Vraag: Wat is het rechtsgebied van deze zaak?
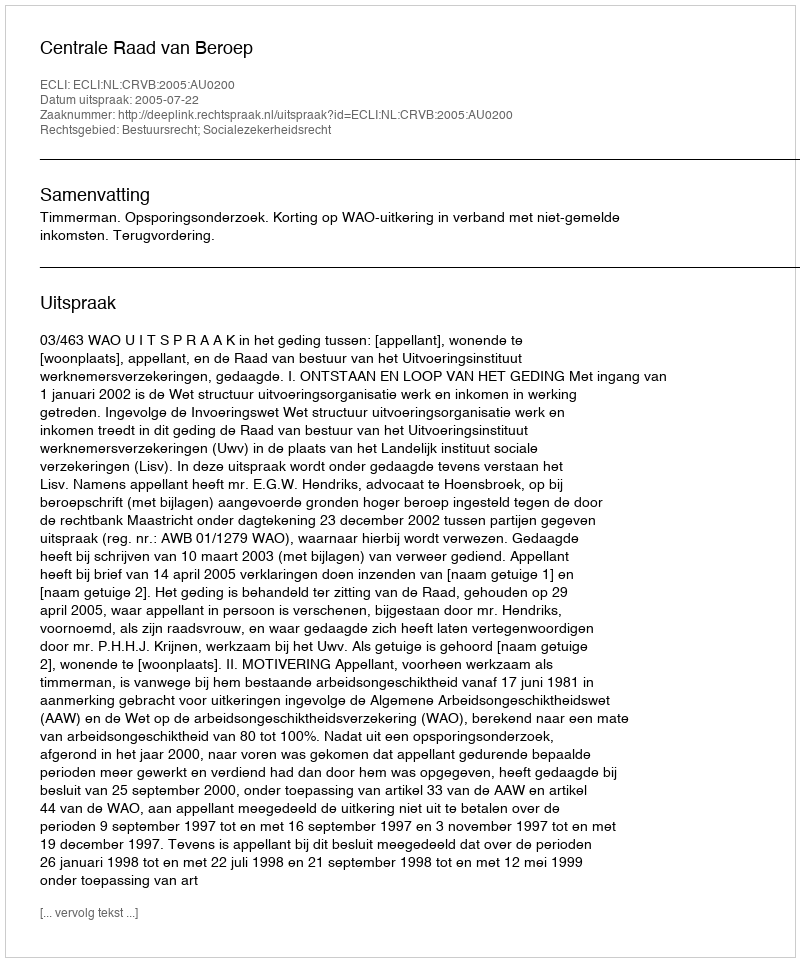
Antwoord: Bestuursrecht; Socialezekerheidsrecht